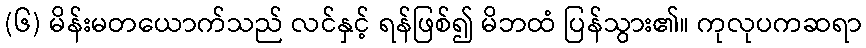
(၆) မိန်းမတယောက်သည် လင်နှင့် ရန်ဖြစ်၍ မိဘထံ ပြန်သွား၏။ ကုလုပကဆရာ